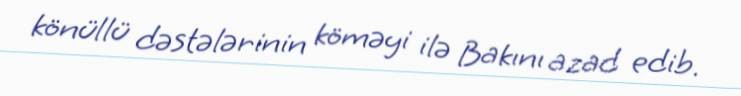
könüllü dəstələrinin köməyi ilə Bakını azad edib.